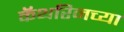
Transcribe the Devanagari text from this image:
कॅथरिनच्या